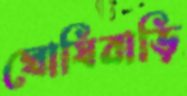
ঘোষিবাড়ি